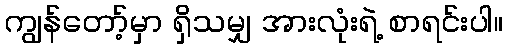
ကျွန်တော့်မှာ ရှိသမျှ အားလုံးရဲ့ စာရင်းပါ။